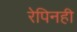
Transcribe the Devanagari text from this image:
रेपिनही